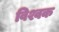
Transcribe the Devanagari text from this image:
विश्वक